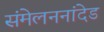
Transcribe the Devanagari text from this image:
संमेलननांदेड